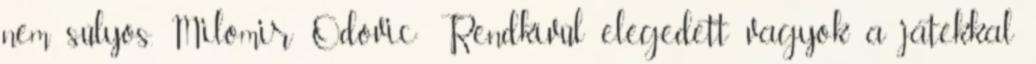
nem súlyos. Milomir Odovic: Rendkívül elégedett vagyok a játékkal